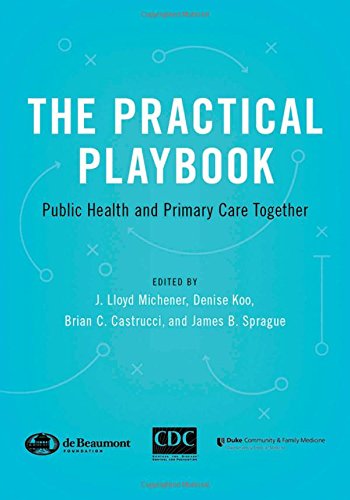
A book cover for The Practical Playbook: Public Health and Primary Care Together; Medical Books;